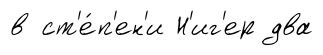
в ст'е́п'ен'и Н'иг'ер два